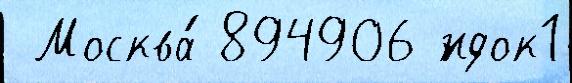
 Москва́ 894906 ́ндок1